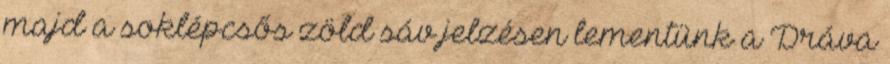
majd a soklépcsős zöld sáv jelzésen lementünk a Dráva